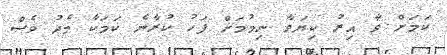
ކަމަށް ވާ އިރު ކިޔަވާ ނިމުމަށް ފަހު ކުރާނެ ކަމަކާ މެދު ވެސް